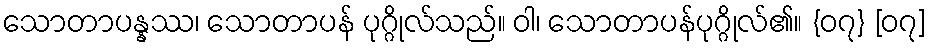
သောတာပန္နဿ၊ သောတာပန် ပုဂ္ဂိုလ်သည်။ ဝါ၊ သောတာပန်ပုဂ္ဂိုလ်၏။ {၀၇} [၀၇]